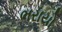
ભરાયો